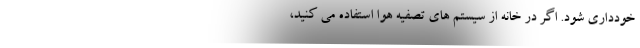
خودداری شود. اگر در خانه از سیستم های تصفیه هوا استفاده می کنید،